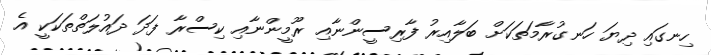
ހިނގައި ދިޔަ ހަނގުރާމަތަކަށް ބަލާއިރު ފާރިސީންނާއި ރޫމީންނާއި ކިސްރާ ފަދަ ދައުލަތްތަކަކީ އެ